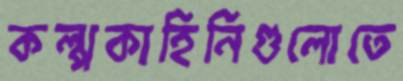
কল্পকাহিনিগুলোতে